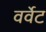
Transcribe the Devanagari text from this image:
वर्वेट